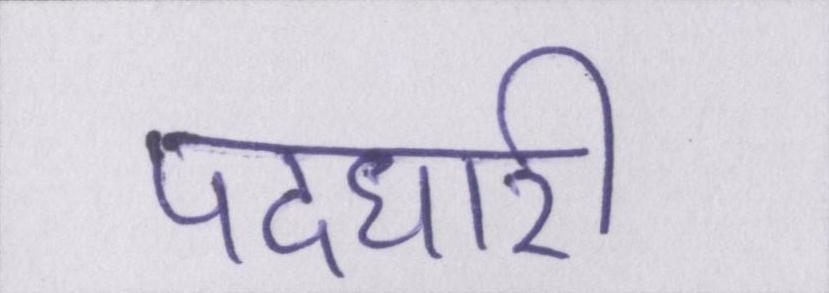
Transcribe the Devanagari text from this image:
पदधारी